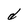
Character: d